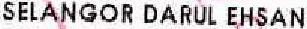
SELANGOR DARUL EHSAN